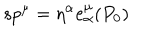
LaTeX: s p ^ { \mu } = \eta ^ { \alpha } e _ { \alpha } ^ { \mu } ( P _ { 0 } )